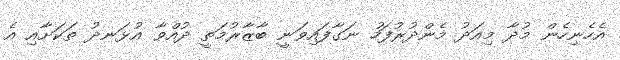
އެހެނިހެން މުދާ މިއަދު މެންދުރުފަހު ނަގާފައިވަނީ ބާޒާރުމަތީ ދުއްވާ އުޅަނދު ތަކަށާއި އެ